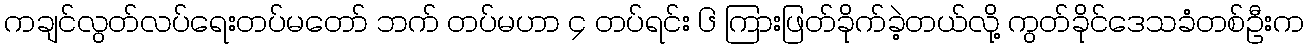
ကချင်လွတ်လပ်ရေးတပ်မတော် ဘက် တပ်မဟာ ၄ တပ်ရင်း ၆ ကြားဖြတ်ခိုက်ခဲ့တယ်လို့ ကွတ်ခိုင်ဒေသခံတစ်ဦးက